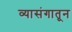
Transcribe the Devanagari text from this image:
व्यासंगातून